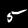
Label: 5